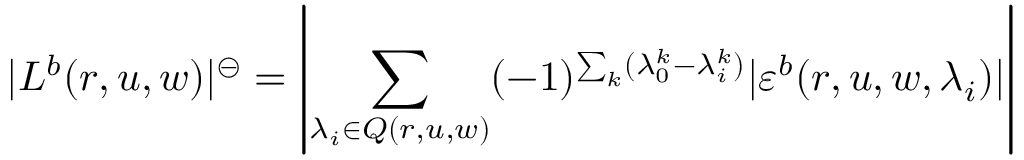
| L ^ { b } ( r , u , w ) | ^ { \circleddash } = \left| \sum _ { \lambda _ { i } \in Q ( r , u , w ) } ( - 1 ) ^ { \sum _ { k } ( \lambda _ { 0 } ^ { k } - \lambda _ { i } ^ { k } ) } | \varepsilon ^ { b } ( r , u , w , \lambda _ { i } ) | \right|